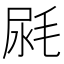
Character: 𣭼